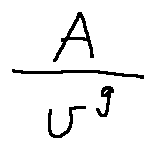
\frac { A } { v ^ { g } }